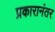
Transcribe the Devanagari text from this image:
प्रकारानंतर